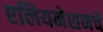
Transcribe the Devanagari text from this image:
एलियनेशनचे